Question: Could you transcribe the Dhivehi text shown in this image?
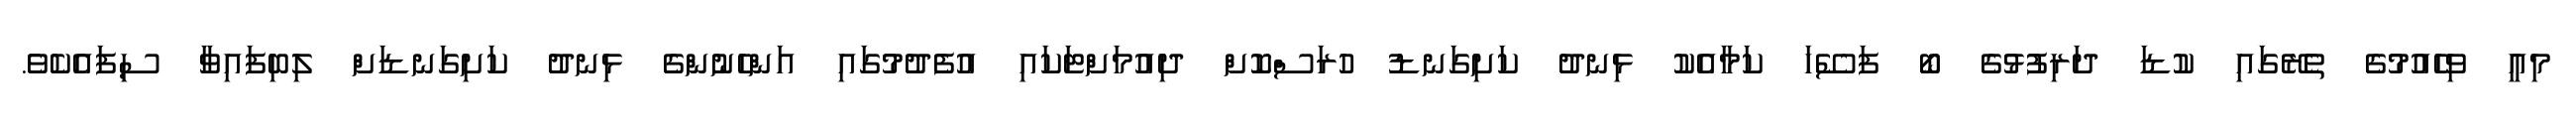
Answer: މިއީ ވިހެއުމުގެ ތެރޭގައި ކުޑަ ދަރިފުޅުގެ ބޯ ފަސޭހަ ކަމާއެކު ޅިނދު ކަށިގަނޑު ހުރަސްކޮށް ދިއުމަށްޓަކައި އުފެދުމުގައި އަންހެނުންގެ ޅިނދު ކަށިގަނޑަށް ލިބިފައިވާ ސިފައެކެވެ.